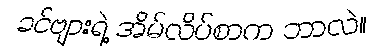
ခင်ဗျားရဲ့ အိမ်လိပ်စာက ဘာလဲ။